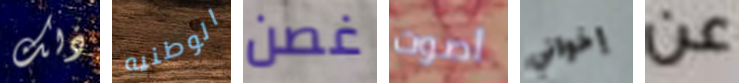
ذلك الوطنيه غصن أصوت إخواني عن